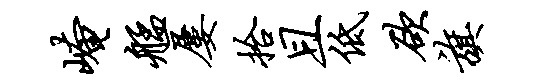
崦艋屡拾且低欲旗